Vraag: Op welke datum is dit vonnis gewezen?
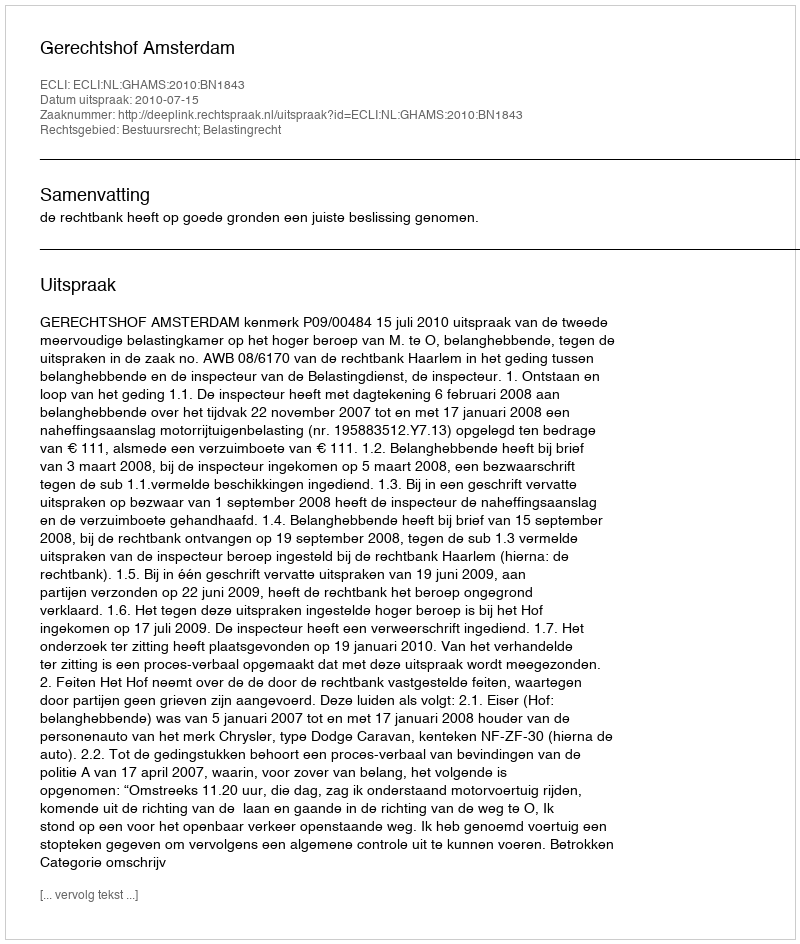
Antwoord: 2010-07-15